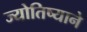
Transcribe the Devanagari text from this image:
ज्योतिष्याने